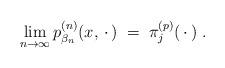
LaTeX: \begin{align*}\lim_{n\to\infty} p^{(n)}_{\beta_n} (x,\,\cdot\, ) \;=\;\pi^{(p)}_j (\,\cdot\, )\;.\end{align*}